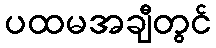
ပထမအချီတွင်